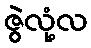
ဇွဲလုံ့လ